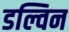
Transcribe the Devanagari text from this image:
डल्विन